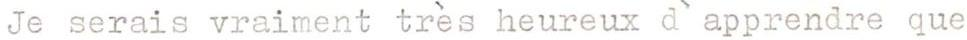
Je serais vraiment très heureux d`apprendre que